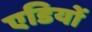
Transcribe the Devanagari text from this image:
एडियों